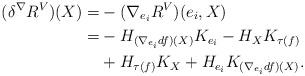
LaTeX: \begin{align*}(\delta^{\nabla} R^V)(X)=&-(\nabla_{e_i} R^V)(e_i,X) \\=&-H_{(\nabla_{e_i} df)(X)}K_{e_i}-H_XK_{\tau(f)} \\&+H_{\tau(f)}K_X+H_{e_i}K_{(\nabla_{e_i} df)(X)}. \end{align*}